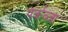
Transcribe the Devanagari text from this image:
पर्कब्जा